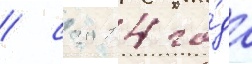
/ с 2014 го́да